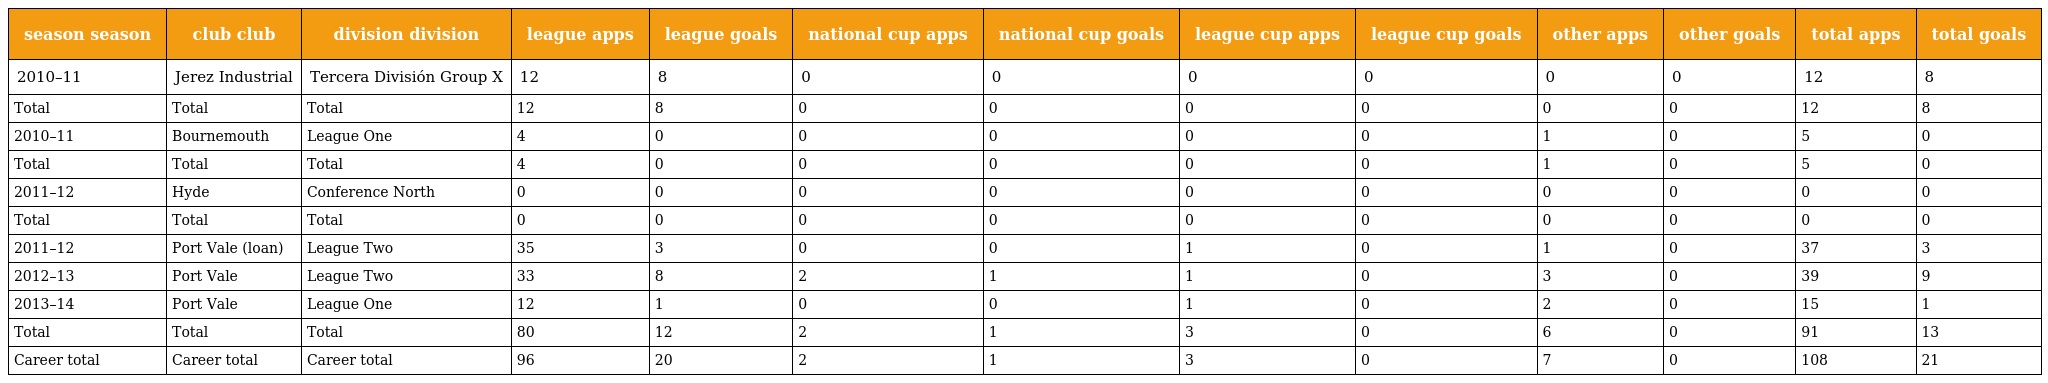
| season season | club club | division division | league apps | league goals | national cup apps | national cup goals | league cup apps | league cup goals | other apps | other goals | total apps | total goals |
 | --- | --- | --- | --- | --- | --- | --- | --- | --- | --- | --- | --- | --- |
 | 2010–11 | Jerez Industrial | Tercera División Group X | 12 | 8 | 0 | 0 | 0 | 0 | 0 | 0 | 12 | 8 |
 | Total | Total | Total | 12 | 8 | 0 | 0 | 0 | 0 | 0 | 0 | 12 | 8 |
 | 2010–11 | Bournemouth | League One | 4 | 0 | 0 | 0 | 0 | 0 | 1 | 0 | 5 | 0 |
 | Total | Total | Total | 4 | 0 | 0 | 0 | 0 | 0 | 1 | 0 | 5 | 0 |
 | 2011–12 | Hyde | Conference North | 0 | 0 | 0 | 0 | 0 | 0 | 0 | 0 | 0 | 0 |
 | Total | Total | Total | 0 | 0 | 0 | 0 | 0 | 0 | 0 | 0 | 0 | 0 |
 | 2011–12 | Port Vale (loan) | League Two | 35 | 3 | 0 | 0 | 1 | 0 | 1 | 0 | 37 | 3 |
 | 2012–13 | Port Vale | League Two | 33 | 8 | 2 | 1 | 1 | 0 | 3 | 0 | 39 | 9 |
 | 2013–14 | Port Vale | League One | 12 | 1 | 0 | 0 | 1 | 0 | 2 | 0 | 15 | 1 |
 | Total | Total | Total | 80 | 12 | 2 | 1 | 3 | 0 | 6 | 0 | 91 | 13 |
 | Career total | Career total | Career total | 96 | 20 | 2 | 1 | 3 | 0 | 7 | 0 | 108 | 21 |